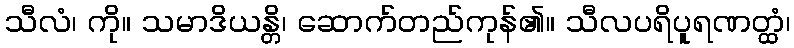
သီလံ၊ ကို။ သမာဒိယန္တိ၊ ဆောက်တည်ကုန်၏။ သီလပရိပူရဏတ္ထံ၊